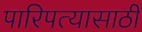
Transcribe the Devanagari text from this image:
पारिपत्यासाठी